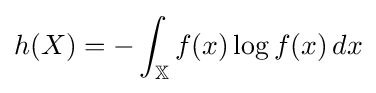
h(X)=-\int _{\mathbb {X} }f(x)\log f(x)\,dx